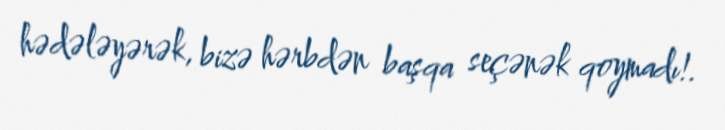
hədələyərək, bizə hərbdən başqa seçənək qoymadı!.